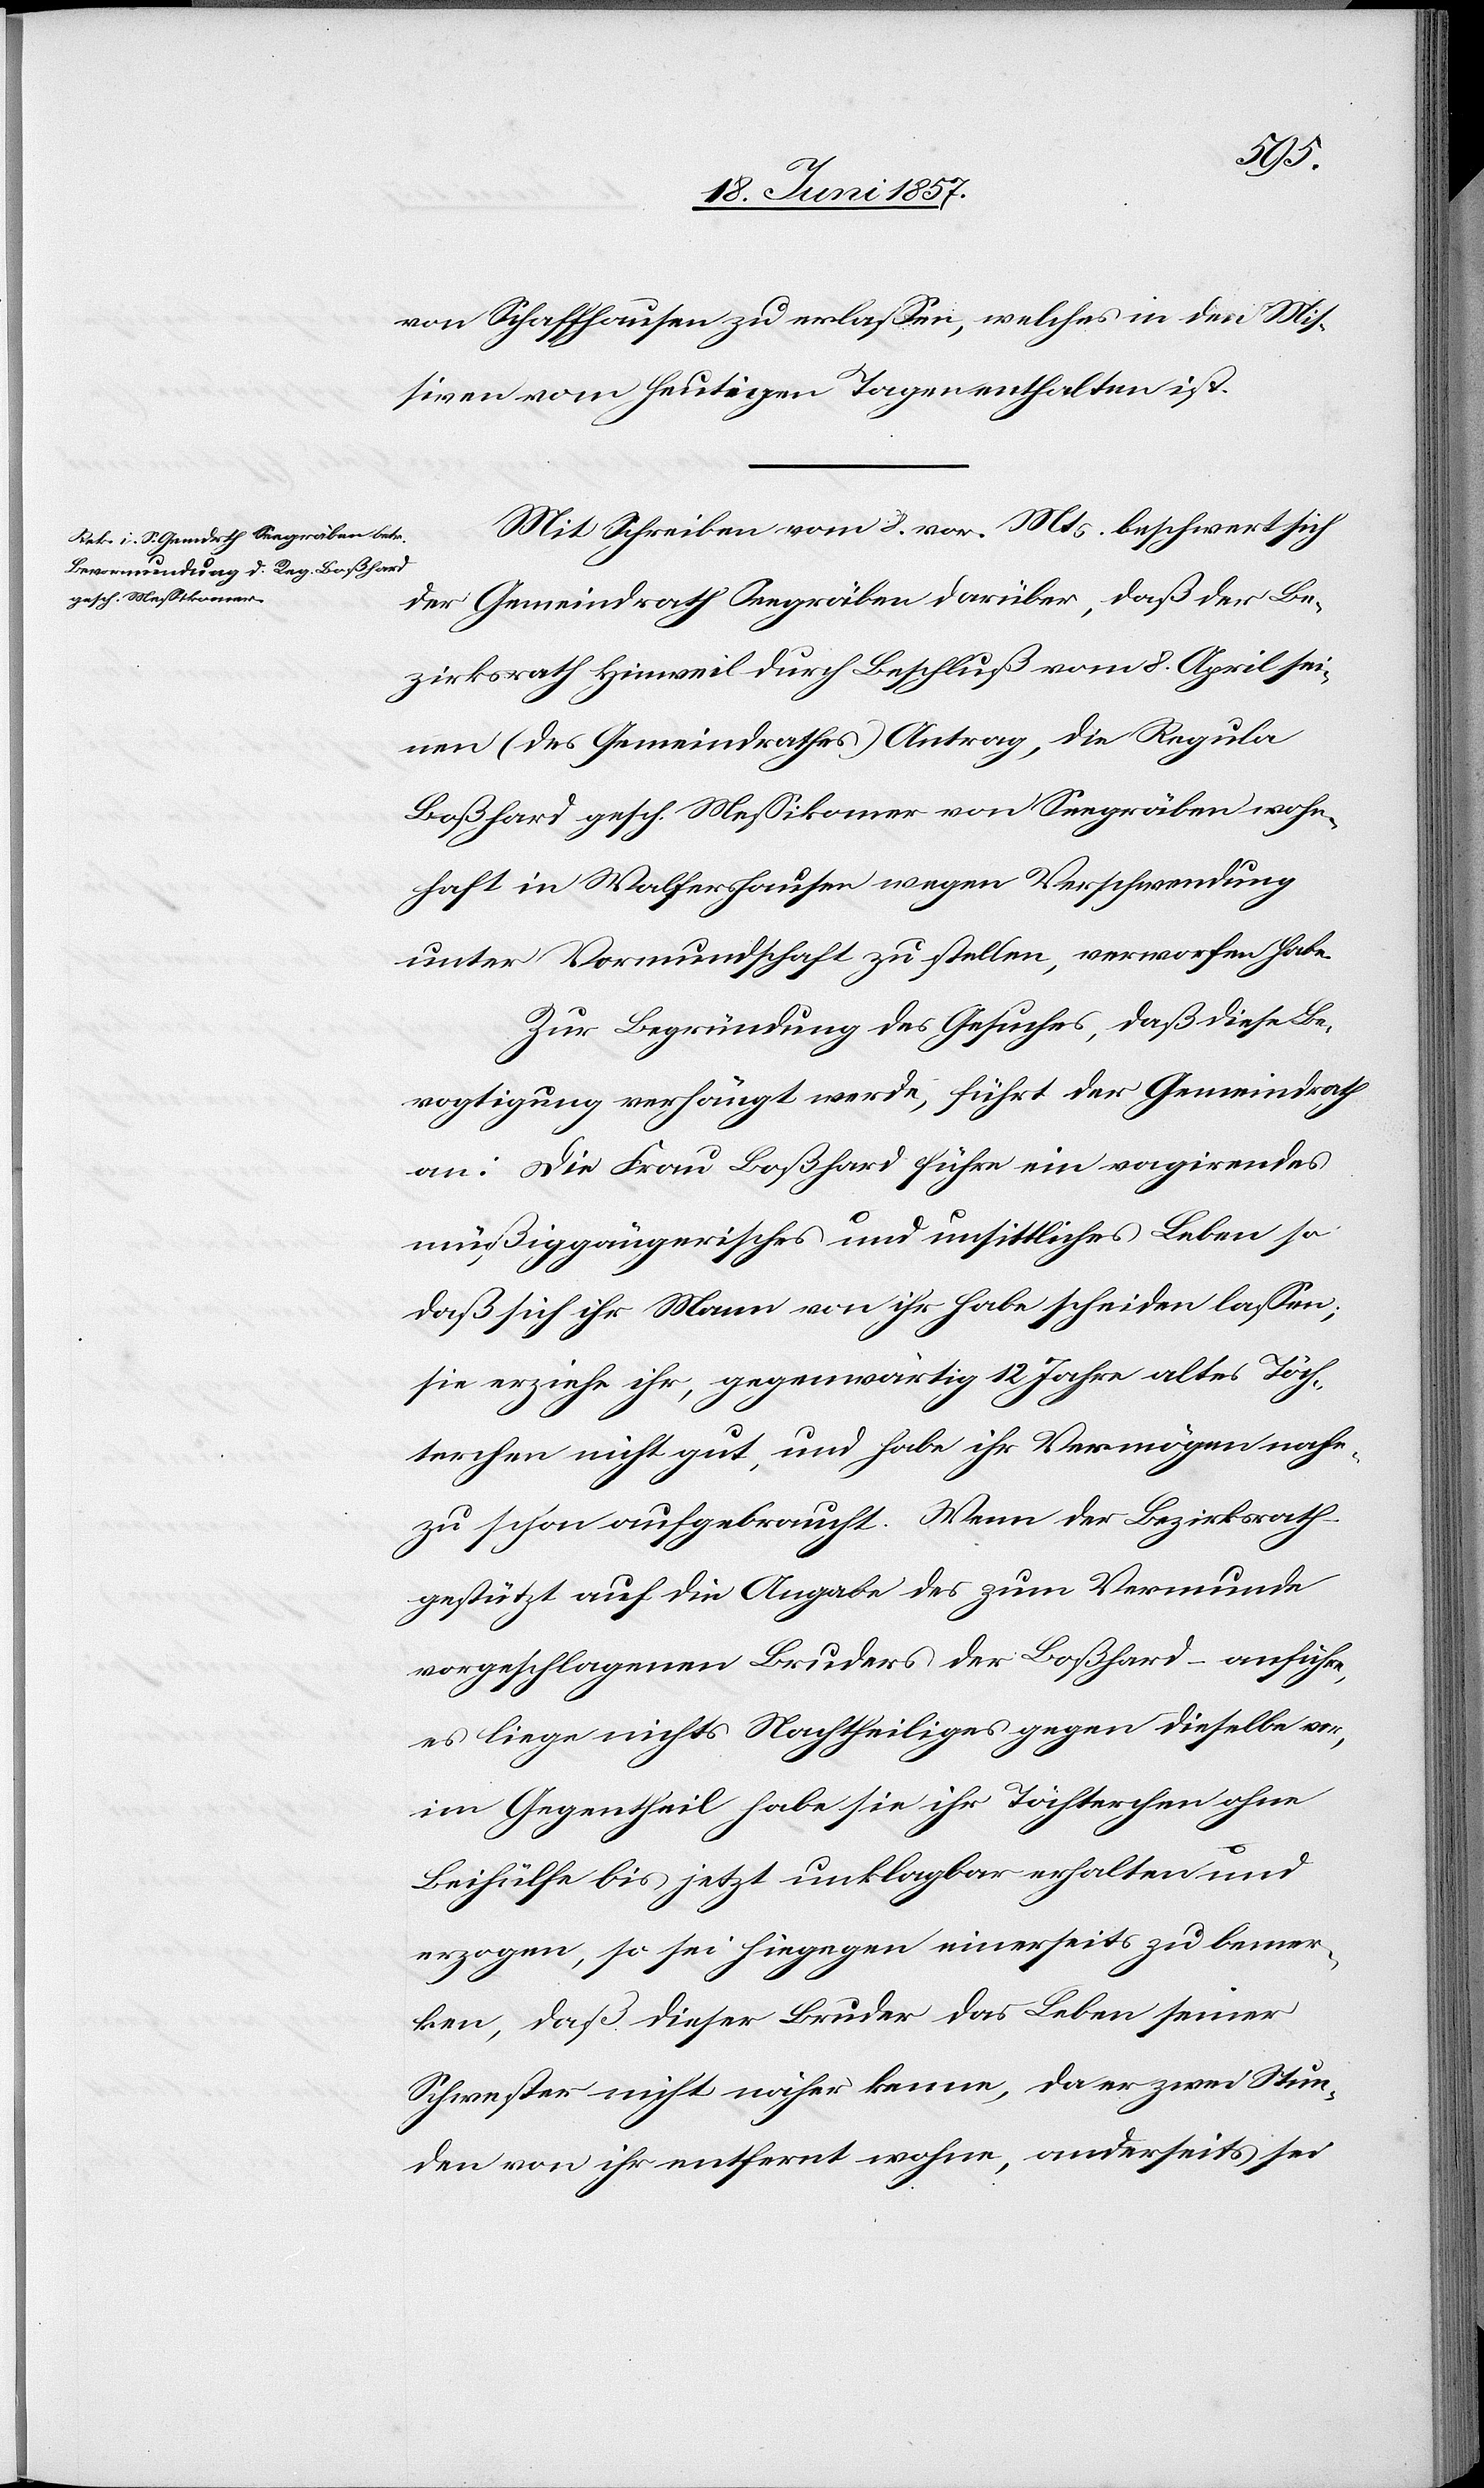
von Schaffhausen zu erlassen, welches in den Mis¬
siven vom heutigen Tage enthalten ist.
Mit Schreiben vom 8 vor. Mts. beschwert sich
der Gemeindrath Seegräben darüber, daß der Be¬
zirksrath Hinweil durch Beschluß vom 8 April sei¬
nen (des Gemeindrathes) Antrag, die Regula
Boßhard gesch. Messikomer von Seegräben wohn¬
haft in Wolfershausen wegen Verschwendung
unter Vormundschaft zu stellen, verworfen habe.
Zur Begründung des Gesuches, daß diese Be¬
vogtigung verhängt werde, führt der Gemeindrath
an: Die Frau Boßhard führe ein vagirendes
müßiggängerisches und unsittliches Leben so
daß sich ihr Mann von ihr habe scheiden lassen;
sie erziehe ihr, gegenwärtig 12 Jahre altes Töch¬
terchen nicht gut, und habe ihr Vermögen nahe¬
zu schon aufgebraucht. Wenn der Bezirksrath
gestützt auf die Angabe des zum Vormunde
vorgeschlagenen Bruders der Boßhard – anführe,
es liege nichts Nachtheiliges gegen dieselbe vor,
im Gegentheil habe sie ihr Töchterchen ohne
Beihülfe bis jetzt unklagbar erhalten und
erzogen, so sei hingegen einerseits zu bemer¬
ken, daß dieser Bruder das Leben seiner
Schwester nicht näher kenne, da er zwei Stun¬
den von ihr entfernt wohne, anderseits sei